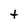
Character: t